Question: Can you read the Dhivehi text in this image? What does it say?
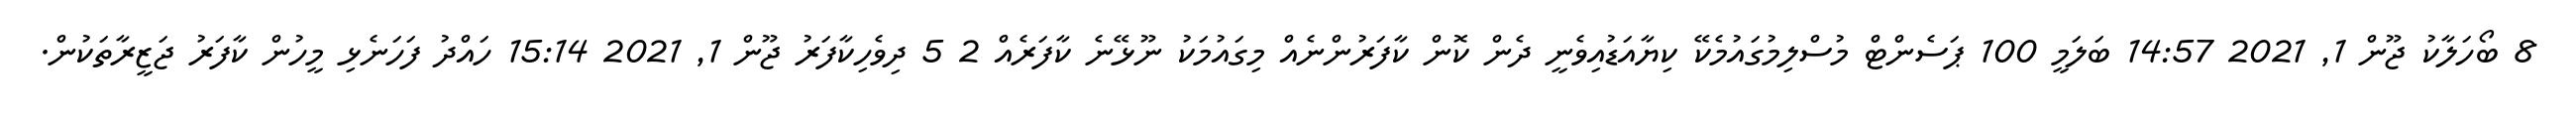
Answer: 8 ބޯހަލާކު ޖޫން 1, 2021 14:57 ބަލަމީ 100 ޕަސެންޓް މުސްލިމުގައުމެކޭ ކިޔާއަޑުއިވެނީ ދެން ކޮން ކާފަރުންނެއް މިގައުމަކު ނޫޅޭނެ ކާފަރެއް 2 5 ދިވެހިކާފަރު ޖޫން 1, 2021 15:14 ހައްދު ފަހަނެޅި މީހުން ކާފަރު ޖަޒީރާތަކުން.